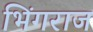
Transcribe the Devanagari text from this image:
भिंगराज